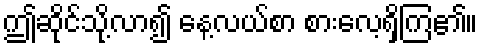
ဤဆိုင်သို့လာ၍ နေ့လယ်စာ စားလေ့ရှိကြ၏။